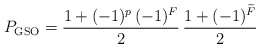
\begin{align*}P_{\rm GSO} = \frac{1+(-1)^p\,(-1)^F}{2}\,\frac{1+(-1)^{\widetilde F}}{2}\end{align*}